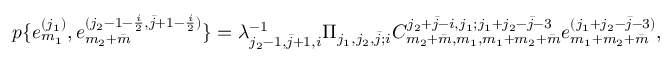
p \{ e _ { m _ { 1 } } ^ { ( j _ { 1 } ) } , e _ { m _ { 2 } + \bar { m } } ^ { ( j _ { 2 } - 1 - \frac { i } { 2 } , \bar { j } + 1 - \frac { i } { 2 } ) } \} = \lambda _ { j _ { 2 } - 1 , \bar { j } + 1 , i } ^ { - 1 } \Pi _ { j _ { 1 } , j _ { 2 } , \bar { j } ; i } C _ { m _ { 2 } + \bar { m } , m _ { 1 } , m _ { 1 } + m _ { 2 } + \bar { m } } ^ { j _ { 2 } + \bar { j } - i , j _ { 1 } ; j _ { 1 } + j _ { 2 } - \bar { j } - 3 } e _ { m _ { 1 } + m _ { 2 } + \bar { m } } ^ { ( j _ { 1 } + j _ { 2 } - \bar { j } - 3 ) } ,